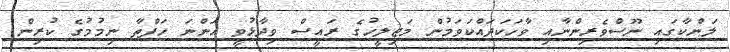
ލަންކާގައި ނޫސްވެރިންނާއި ވާހަކަދައްކަވަމުން މަޖިލީހުގެ ރައީސް ވިދާޅުވީ އަންނަ ހަފްތާ ނިމުމުގެ ކުރިން